Lunatic asylums Central Provinces reports 1886-1894 - 1886-1894
Year: 1886
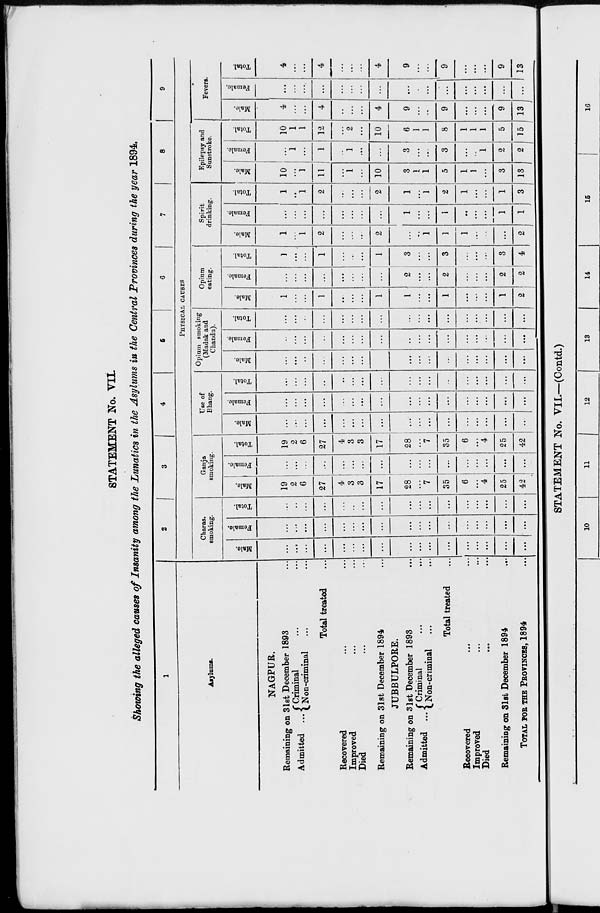
STATEMENT No. VII.
Showing the alleged causes of Insanity among the Lunatics in the Asylums in the Central Provinces during the year 1894.
1
Asylums.
NAGPUR.
Remaining on 31st December 1893 ...
Admitted ... Criminal ... ...
Non-criminal ... ...
Total treated ...
Recovered ... ...
Improved ... ...
Died ... ...
Remaining on 31st December 1894 ...
JUBBULPORE.
Remaining on 31st December 1893 ...
Admitted ... Criminal ... ...
Non-criminal ... ...
Total treated ...
Recovered ... ...
Improved ... ...
Died ... ...
Remaining on 31st December 1894 ...
TOTAL FOR THE PROVINCES, 1894 ...
2
3
4
5
6
7
8
9
PHYSICAL CAUSES
Charas.
smoking.
Male.
...
...
...
...
...
...
...
...
...
...
...
...
...
...
...
...
...
Female.
...
...
...
...
...
...
...
...
...
...
...
...
...
...
...
...
...
Total.
...
..
...
...
...
...
...
...
...
...
...
...
...
...
...
...
...
Ganja
smoking.
Male.
19
2
6
27
4
3
3
17
28
...
7
35
6
...
4
25
42
Female.
...
...
...
...
...
...
...
...
...
...
...
...
...
...
...
...
...
Total.
19
2
6
27
4
3
3
17
28
...
7
35
6
...
4
25
42
Use of
Bhang.
Male.
...
...
...
...
...
...
...
...
...
...
...
...
...
...
...
...
...
Female.
...
...
...
...
...
...
...
...
...
...
...
...
...
...
...
...
...
Total.
...
...
...
...
...
...
...
...
...
...
...
...
...
...
...
...
...
Opium smoking
(Madak and
Chandu).
Male.
...
...
...
...
...
...
...
...
...
...
...
...
...
...
...
...
...
Female.
...
...
...
...
...
...
...
...
...
...
...
...
...
...
...
...
...
Total.
...
...
...
...
...
...
...
...
...
...
...
...
...
...
...
...
...
Opium
eating.
Male.
1
...
...
1
...
...
...
1
1
...
...
1
...
...
...
1
2
Female.
...
...
...
...
...
...
...
...
2
...
...
2
...
...
...
2
2
Total.
1
...
...
1
...
...
...
1
3
...
...
3
...
...
...
3
4
Spirit
drinking.
Male.
1
...
1
2
...
...
...
2
...
...
1
1
1
...
...
...
2
Female.
...
...
...
...
...
...
...
...
1
...
...
1
...
...
...
1
1
Total.
1
...
1
2
...
...
...
2
1
...
1
2
1
...
...
1
3
Epilepsy and
Sunstroke.
Male.
10
...
1
11
...
1
...
10
3
1
1
5
1
1
...
3
13
Female.
...
1
...
1
...
1
...
...
3
...
...
3
...
...
1
2
2
Total.
10
1
1
12
...
2
...
10
6
1
1
8
1
1
1
5
15
Fevers.
Male.
4
...
...
4
...
...
...
4
9
...
...
9
...
...
...
9
13
Female.
...
...
...
...
...
...
...
...
...
...
...
...
...
...
...
...
...
Total.
4
...
...
4
...
...
...
4
9
...
...
9
...
...
...
9
13